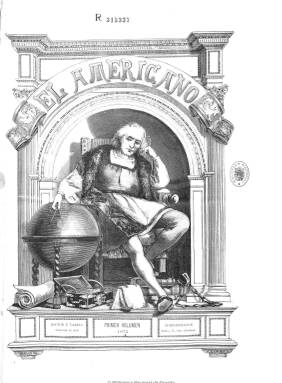
Título: El Americano (París)
Colección: Semanarios de amenidades
Ámbito geográfico: Francia
Lugar de publicación: París
Fechas: 01/01/1873-16/02/1874

“El Americano”, publicado en París entre 1872 y 1874, es un semanario impreso con calidad y en gran formato, entre cuyos contenidos destaca la visión política de su fundador, el argentino Héctor Varela, y que presenta todas las características típicas de la prensa de finales del XIX: publicación efímera; contenidos políticos más periodismo informativo; ilustraciones (muy cuidadas); publicidad; secciones literarias, costumbristas, de viajes, etc.

Esta publicación se creó con el objetivo general de difundir en Europa la cultura y los intereses latinoamericanos pero, también con el propósito específico de favorecer en España las ideas demócratas republicanas, la abolición de la esclavitud y la independencia de Cuba. Las noticias sobre la Guerra de los Diez Años son numerosas y siempre se comentan desde la perspectiva de las repercusiones que podían tener para Hispanoamérica.

Finalmente, entre los articulistas destaca Emilio Castelar, que inicialmente escribió en todos los números del periódico hasta que los republicanos llegaron al poder en la península y su papel como estadista le hizo objeto de duras críticas en otros textos del propio semanario.